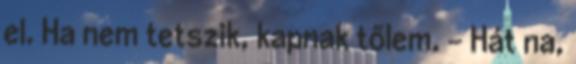
el. Ha nem tetszik, kapnak tőlem. - Hát na,